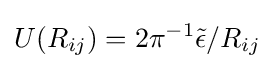
U(R_{ij})=2\pi ^{-1}{\tilde {\epsilon }}/R_{ij}